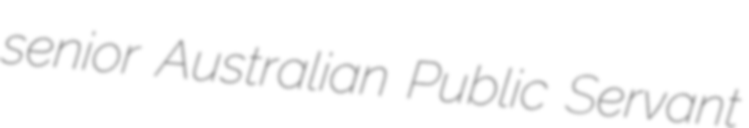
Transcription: senior Australian Public Servant